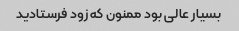
بسیار عالی بود ممنون که زود فرستادید